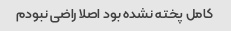
کامل پخته نشده بود اصلا راضی نبودم